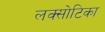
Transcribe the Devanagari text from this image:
लक्सोटिका